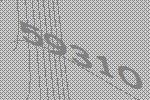
59310